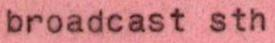
broadcast sth